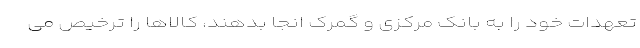
تعهدات خود را به بانک مرکزی و گمرک انجا بدهند، کالاها را ترخیص می